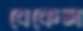
বেকেল